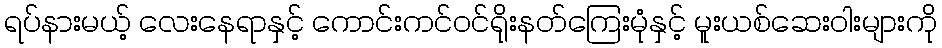
ရပ်နားမယ့် လေးနေရာနှင့် ကောင်းကင်ဝင်ရိုးနတ်ကြေးမုံနှင့် မူးယစ်ဆေးဝါးများကို